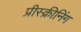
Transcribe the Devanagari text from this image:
प्रीस्क्रीनिंग